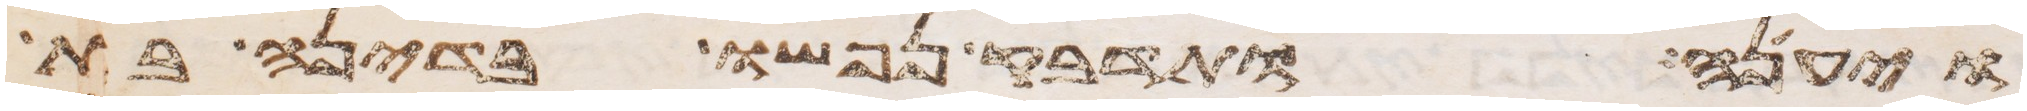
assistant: ויענה ותדבק נפשו בדינה בת